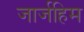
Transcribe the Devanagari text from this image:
जार्जहिम